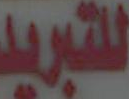
للتبريد